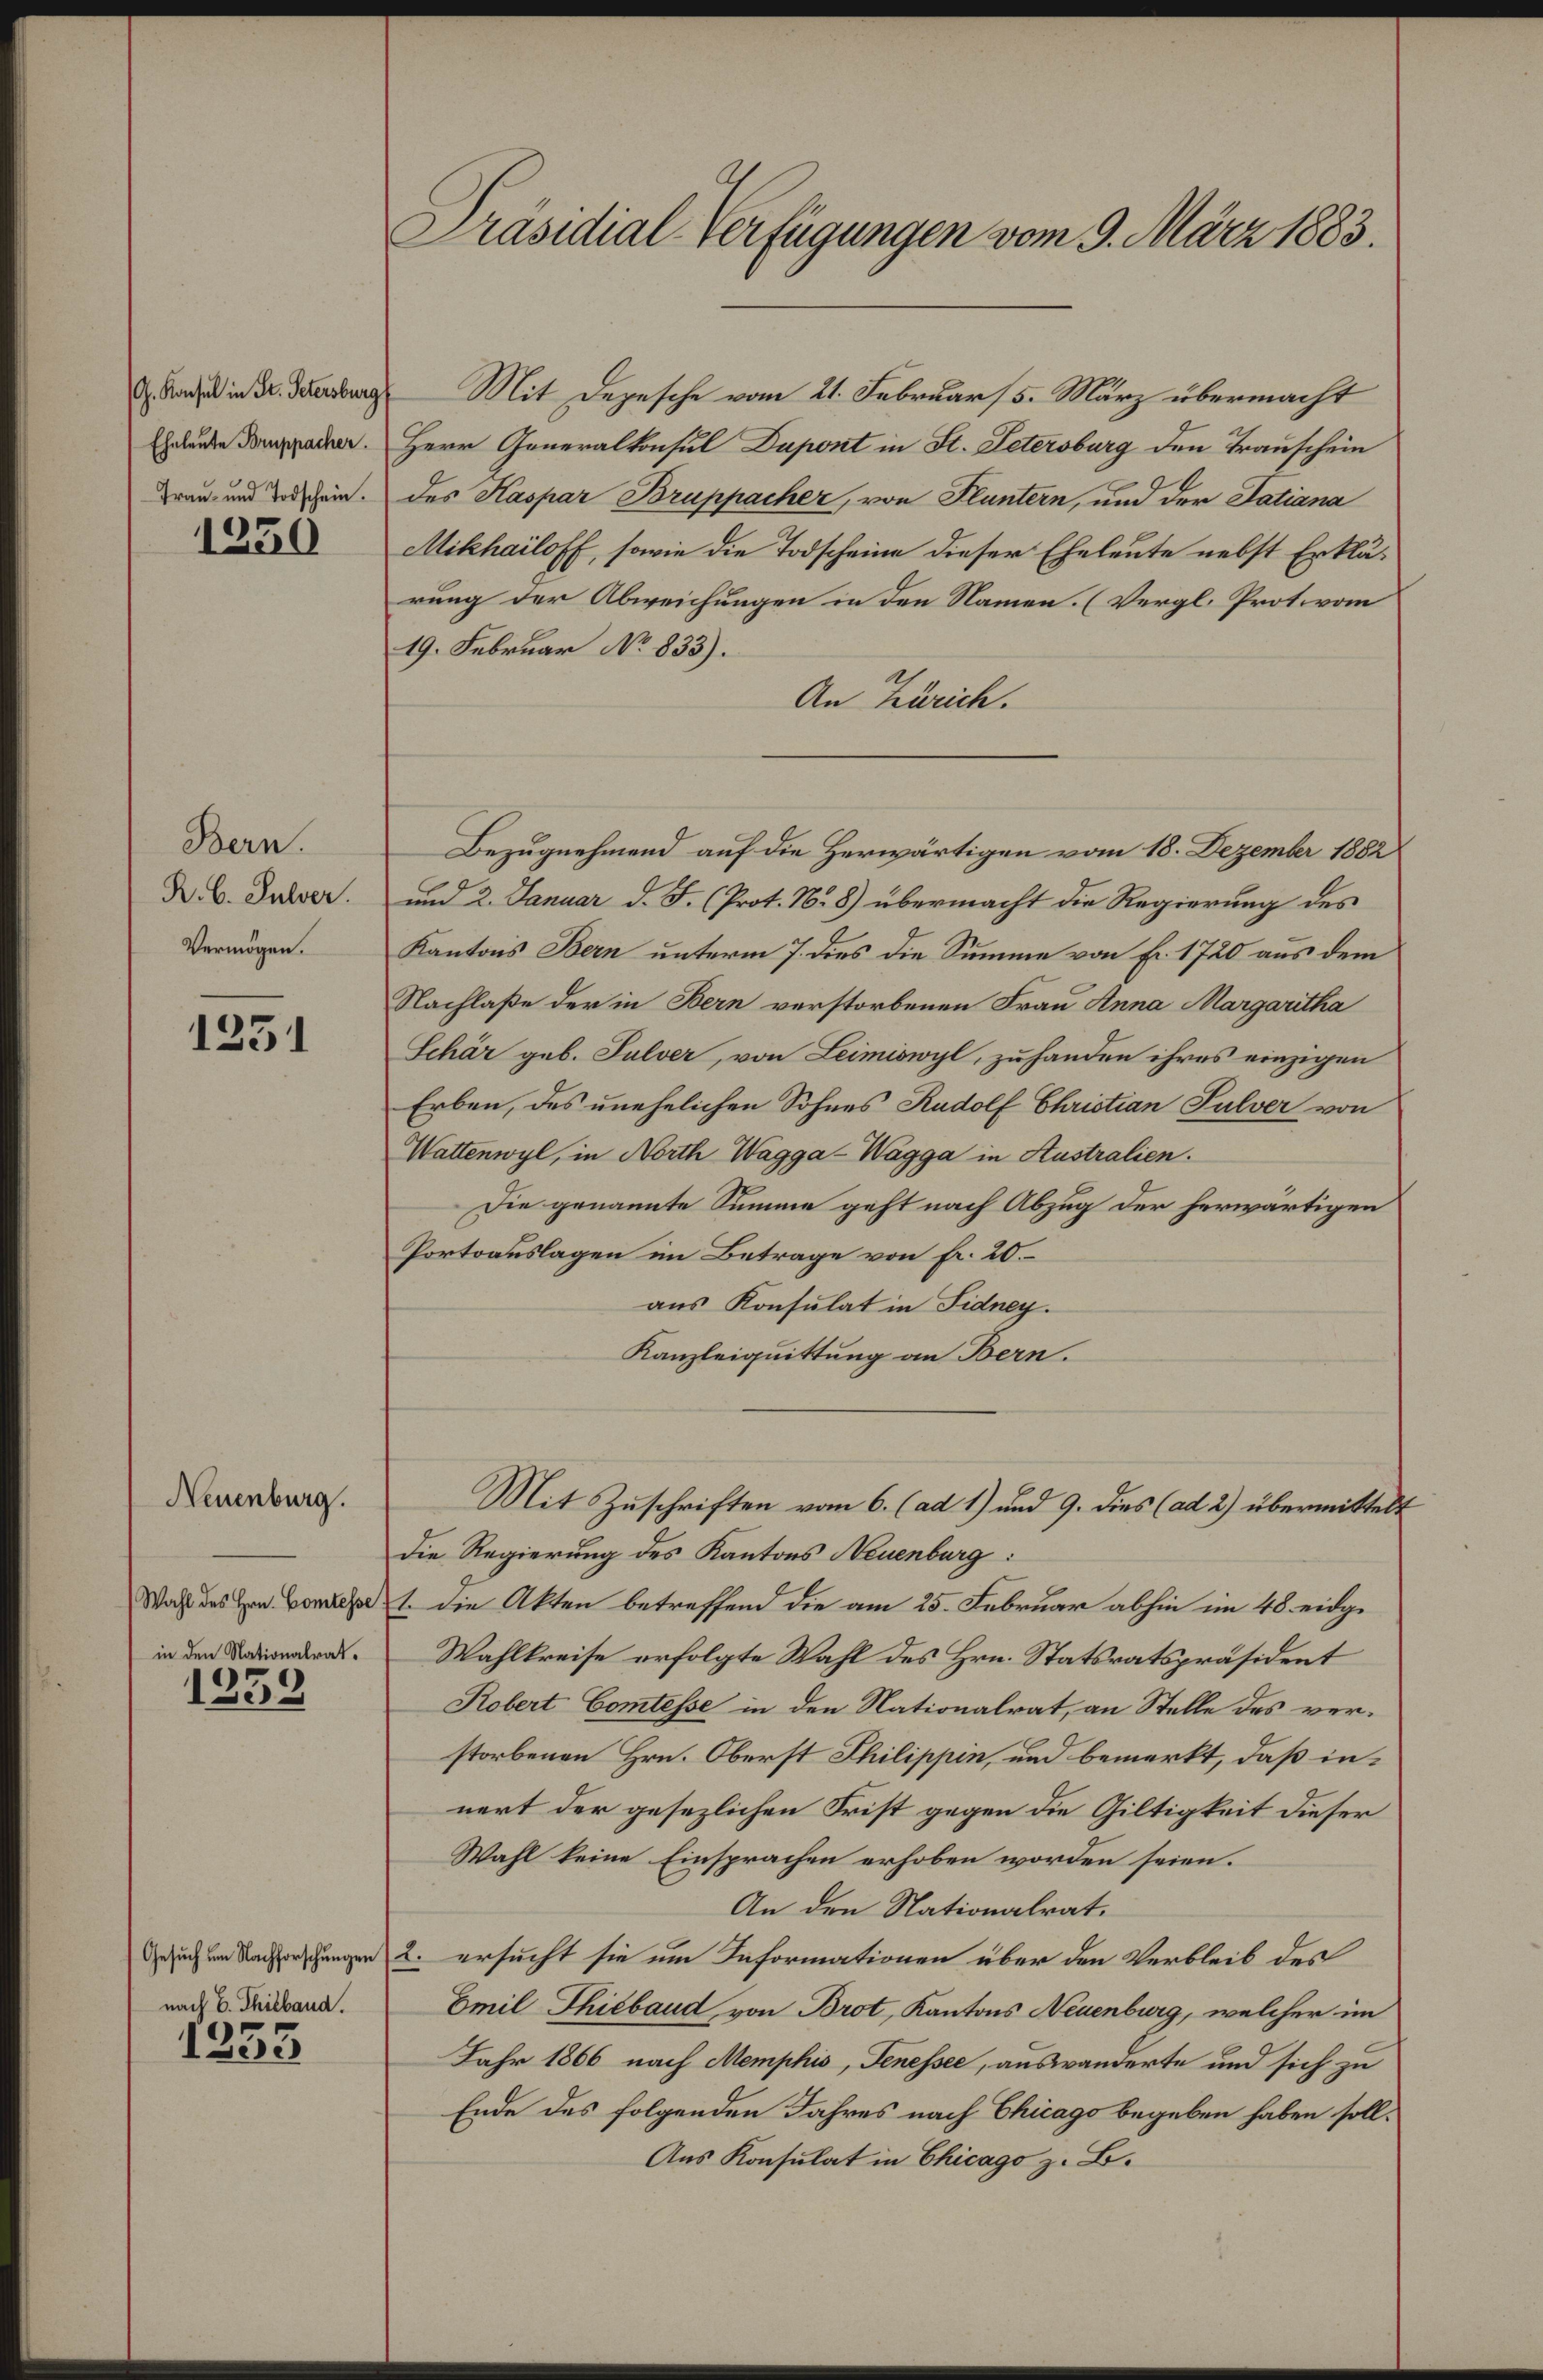
(G. Konsul in St. Petersburg
Eheleute Bruppacher.
Trau- und Todschein.

1250

Bern.
R. B. Pulver.
Vermögen.

1251

Neuenburg.
in den Nationalrat.

2
133.

nach B. Thiband.

1253

Präsidial-Verfügungen vom 9. März 1883.

Mit Depesche vom 21. Februar 5. März übermacht
Herr Generalkonsul Dapont in St. Petersburg den Trauschein
des Kaspar Bruppacher, von Fluntern, und der Tatiana
Mikhailoff, sowie die Todscheine dieser Eheleute nebst Erklärung der Abweichungen in den Namen. (Vergl. Protovom
19. Februar No 833).
An Zürich.
Bezugnehmend auf die Herwärtigen vom 18. Dezember 1882
und 2. Januar d. J. (Prot. N. 8) übermacht die Regierung des
Kantons Bern unterm 7. dies die Summe von Fr. 1720 aus dem
Nachlaße der in Bern verstorbenen Frau Anna Margaritha
Schär geb. Pulver, von Leimiswyl, zu handen ihres einzigen
Erben, des unehelichen Sohnes Rudolf Christian Pulver von
Wattenwyl, in North Wagga-Wagga in Australien.
Die genannte Summe geht nach Abzug der herwärtigen
Portoauslagen im Betrage von fr. 20.
aus Konsulat in Fidney.
Kanzleiquittung an Bern.
Mit Zuschriften vom 6. (ad 1) und 9. dies (ad 2) übermittelt
Die Regierung des Kantons Neuenburg:
Wahl des Hrn. Concept 1. die Akten betreffend die am 25. Februar abhin im 48. eidge
Wahlkreise erfolgte Wahl des Hrn. Statsratspräsident
Kobert Comtesse in den Nationalrat, an Stelle des verstorbenen Hrn. Oberst Philippin, und bemerkt, daß innert der gesezlichen Frist gegen die Giltigkeit dieser
Wahl keine Einsprachen erhoben worden seien.
An den Nationalrat.
Gesuch um Nachforschungen 2. ersucht sie um Informationen über den Verbleib des
Emil Thibaud, von Brot, Kantons Neuenburg, welcher im
Jahr 1866 nach Memphis, Tenessee, auswanderte und sich zu
Ende des folgenden Jahres nach Chicago begeben haben soll¬
Aus Konsulat in Chicago z. B.